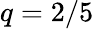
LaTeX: q=2/5